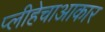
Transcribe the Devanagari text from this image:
प्लीहेचाआकार